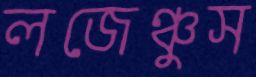
লজেঞ্চুস